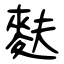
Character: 麩